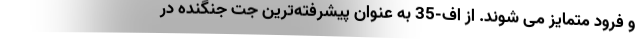
و فرود متمایز می شوند. از اف-35 به عنوان پیشرفته‌ترین جت جنگنده در